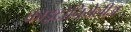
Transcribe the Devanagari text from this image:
काइटोनियेलीज